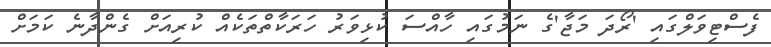
ފެސްޓިވަލްގައި 'ރޯދަ މަޖާ'ގެ ނަމުގައި ހާއްސަ ކުޅިވަރު ހަރަކާތްތަކެއް ކުރިއަށް ގެންދާނެ ކަމަށް